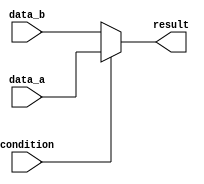
module conditional_assign (
    input wire condition,
    input wire data_a,
    input wire data_b,
    output reg result
);

always @(*)
begin
    if (condition)
        result = data_a;
    else
        result = data_b;
end

endmodule